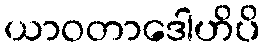
ယာဝတာဒေါဟိပိ